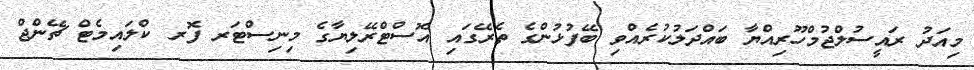
މިއަދު ރައީސުލްޖުމްހޫރިއްޔާ ބައްދަލުކުރެއްވި ބޭފުޅުންގެ ތެރޭގައި އޮސްޓްރޭލިޔާގެ މިނިސްޓަރ ފޮރ ކްލައިމެޓް ޗޭންޖް